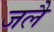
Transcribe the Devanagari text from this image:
जलै